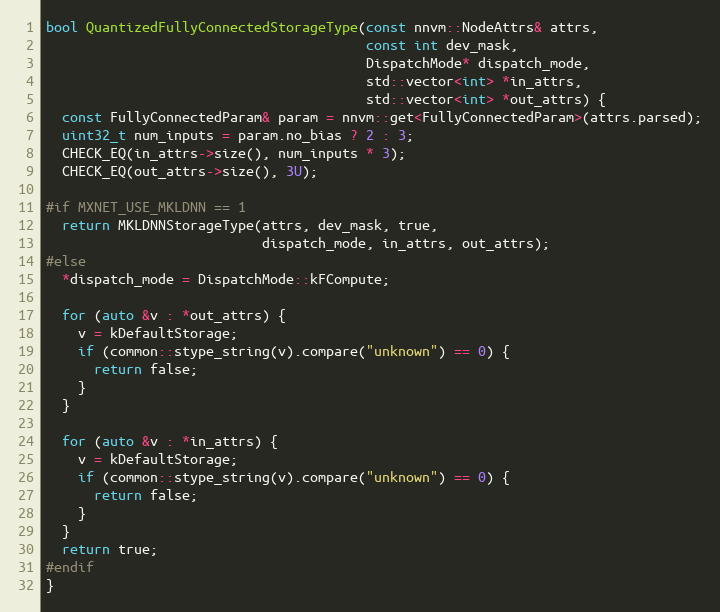
Language: C++
bool QuantizedFullyConnectedStorageType(const nnvm::NodeAttrs& attrs,
                                        const int dev_mask,
                                        DispatchMode* dispatch_mode,
                                        std::vector<int> *in_attrs,
                                        std::vector<int> *out_attrs) {
  const FullyConnectedParam& param = nnvm::get<FullyConnectedParam>(attrs.parsed);
  uint32_t num_inputs = param.no_bias ? 2 : 3;
  CHECK_EQ(in_attrs->size(), num_inputs * 3);
  CHECK_EQ(out_attrs->size(), 3U);

#if MXNET_USE_MKLDNN == 1
  return MKLDNNStorageType(attrs, dev_mask, true,
                           dispatch_mode, in_attrs, out_attrs);
#else
  *dispatch_mode = DispatchMode::kFCompute;

  for (auto &v : *out_attrs) {
    v = kDefaultStorage;
    if (common::stype_string(v).compare("unknown") == 0) {
      return false;
    }
  }

  for (auto &v : *in_attrs) {
    v = kDefaultStorage;
    if (common::stype_string(v).compare("unknown") == 0) {
      return false;
    }
  }
  return true;
#endif
}